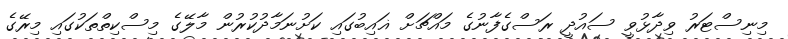
މިނިސްޓަރު ވިދާޅުވީ ސައުދީ ރަސްގެފާނުގެ މައްޗަށް ޣައިބުގައި ކަށުނަމާދުކުރުން މާލޭގެ މިސްކިތްތަކުގައި މިރޭގެ